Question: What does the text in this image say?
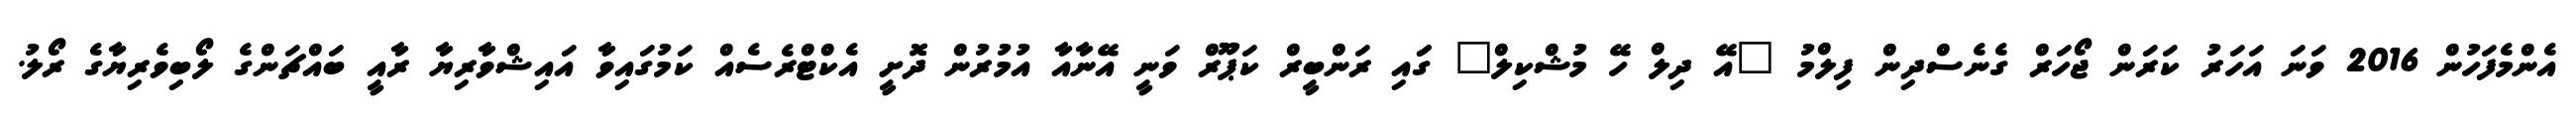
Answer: އެންމެފަހުން 2016 ވަނަ އަހަރު ކަރަން ޖޯހަރް ގެނެސްދިން ފިލްމު "އޭ ދިލް ހޭ މުޝްކިލް" ގަައި ރަންބީރް ކަޕޫރް ވަނީ އޭނާއާ އުމުރުން ދޮށީ އެކްޓްރެސެއް ކަމުގައިވާ އައިޝްވާރިޔާ ރާއީ ބައްޗަންގެ ލޯބިވެރިޔާގެ ރޯލު.